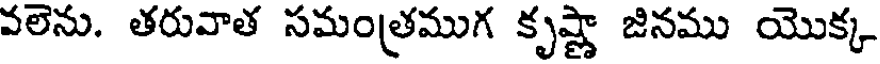
వలెను. తరువాత సమంత్రముగ కృష్ణా జినము యొక్క